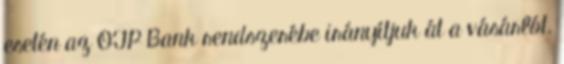
esetén az OTP Bank rendszerébe irányítjuk át a vásárlót.